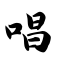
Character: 唱